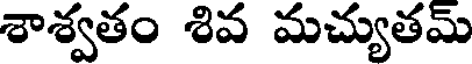
శాశ్వతం శివ మచ్యుతమ్